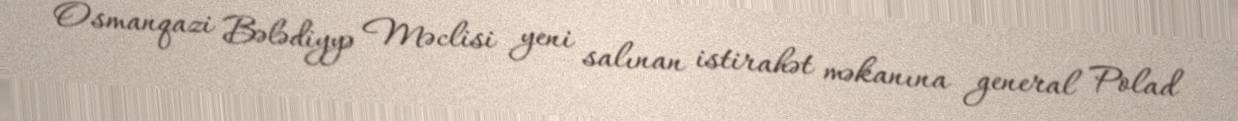
Osmanqazi Bələdiyyə Məclisi yeni salınan istirahət məkanına general Polad